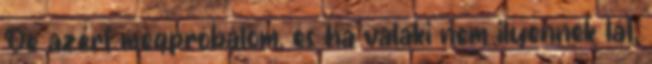
De azért megpróbálom, és ha valaki nem ilyennek lát,